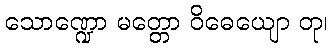
သောဏ္ဍော မတ္တော ဝိဓေယျော တု၊